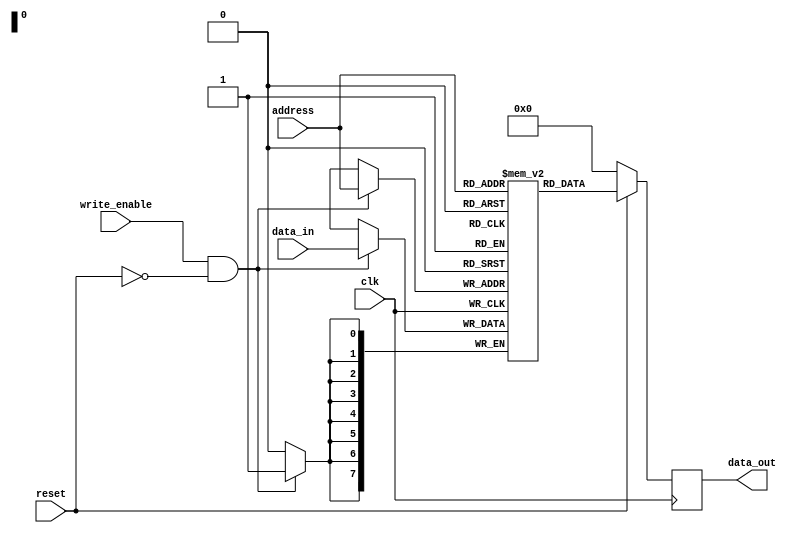
module memory_blocks_pcm (
    input wire clk,
    input wire reset,
    input wire write_enable,
    input wire [7:0] data_in,
    input wire [7:0] address,
    output reg [7:0] data_out
);

reg [7:0] memory [0:255]; // Assuming 256 memory cells

// Read operation
always @(posedge clk) begin
    if (!reset) begin
        data_out <= 8'b0;
    end else begin
        data_out <= memory[address];
    end
end

// Write operation
always @(posedge clk) begin
    if (write_enable && !reset) begin
        memory[address] <= data_in;
    end
end

endmodule